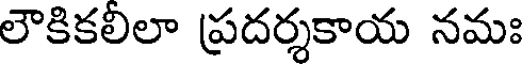
లౌకికలిలా ప్రదర్శకాయ నమః